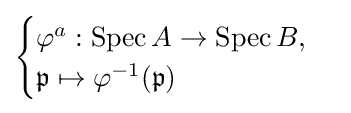
{\begin{cases}\varphi ^{a}:\operatorname {Spec} A\to \operatorname {Spec} B,\\{\mathfrak {p}}\mapsto \varphi ^{-1}({\mathfrak {p}})\end{cases}}